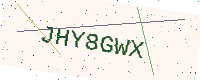
Text: JHY8GWX